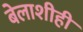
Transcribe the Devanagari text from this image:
बेलाशीही